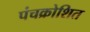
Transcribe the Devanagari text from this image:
पंचक्रोशित